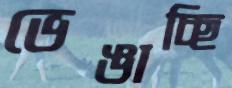
ভেঙাচ্ছি